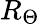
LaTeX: R_{\Theta}